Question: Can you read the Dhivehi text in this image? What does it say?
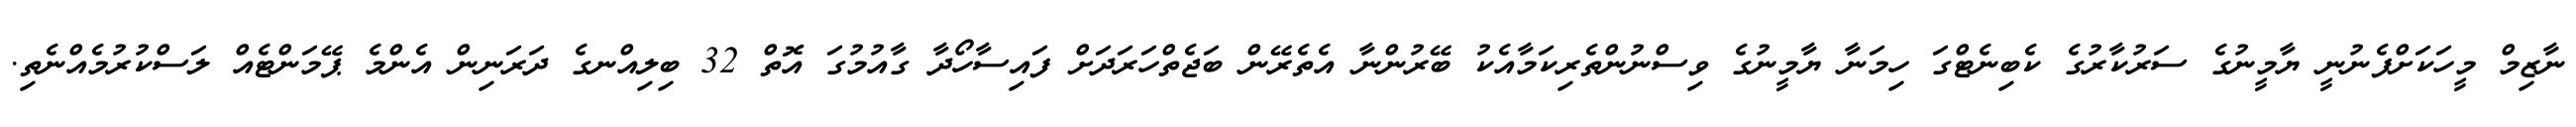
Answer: ނާޒިމް މީހަކަށްފެނުނީ ޔާމީނުގެ ސަރުކާރުގެ ކެބިނެޓްގަ ހިމަނާ ޔާމީނުގެ ވިސްނުންތެރިކަމާއެކު ބޭރުންނާ އެތެރޭން ބަޖެތްހަރަދަށް ފައިސާހޯދާ ގާއުމުގަ އޮތް 32 ބިލިއްނގެ ދަރަނިން އެންމެ ޕޭމަންޓެއް ލަސްކުރުމެއްނެތި.